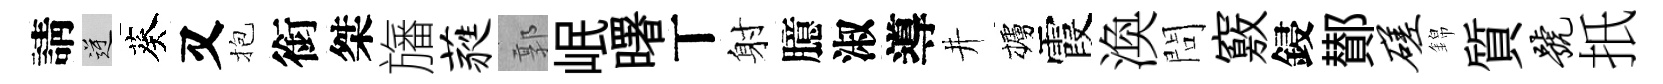
請逆葵又抱銜桀旛蕤郭岷曙丅射臆淑導井櫨霞渙問竅鋟鄼磋錦質号扺